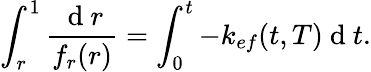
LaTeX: \int_{r}^{1}\frac{\mathrm{~d~}r}{f_{r}(r)}=\int_{0}^{t}-k_{ef}(t,T)\mathrm{~d~}t.